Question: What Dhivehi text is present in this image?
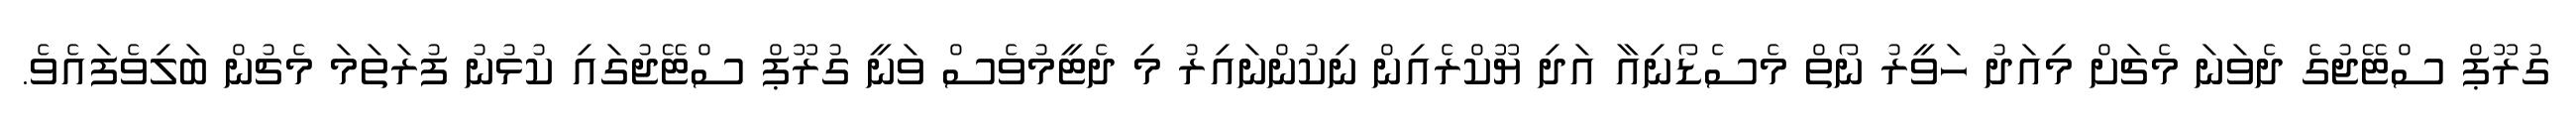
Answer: ގުރޫޕް ސްޓޭޖުގެ ދެވަނަ މެޗަށް މިއަދު ހަވީރު ނޯތް މެސެޑޯނިއާ އަދި ޔޫކްރެއިން ނިކުންނައިރު މި ދެޓީމުވެސް ވަނީ ގުރޫޕް ސްޓޭޖުގައި ކުޅުނު ފުރަތަމަ މެޗުން ބަލިވެފައެވެ.